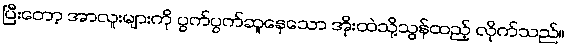
ပြီးတော့ အာလူးများကို ပွက်ပွက်ဆူနေသော အိုးထဲသို့သွန်ထည့် လိုက်သည်။